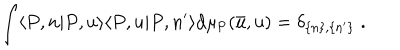
\int \langle P , n | P , u \rangle \langle P , u | P , n ^ { \prime } \rangle \mathrm { d \ m u _ { P } ( \bar { u } , u ) = \ d e l t a _ { \{ n \} , \{ n ^ { \prime } \} } \; . }